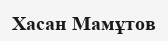
Хасан Мамұтов